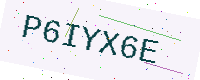
Text: P6IYX6E